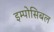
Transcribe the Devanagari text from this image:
इम्पोसिबल